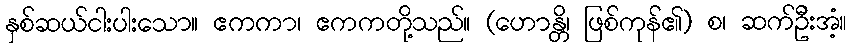
နှစ်ဆယ်ငါးပါးသော။ ဧကကာ၊ ဧကကတို့သည်။ (ဟောန္တိ၊ ဖြစ်ကုန်၏) စ၊ ဆက်ဦးအံ့။